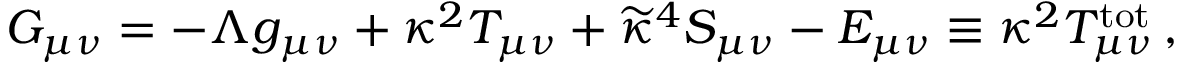
G _ { \mu \nu } = - \Lambda g _ { \mu \nu } + \kappa ^ { 2 } T _ { \mu \nu } + \widetilde { \kappa } ^ { 4 } S _ { \mu \nu } - { \cal E } _ { \mu \nu } \equiv \kappa ^ { 2 } T _ { \mu \nu } ^ { \mathrm { t o t } } \, ,